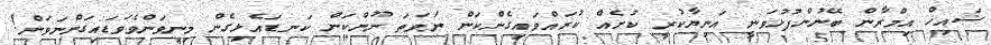
ޝައިޚް އިމްރާން ބޭނުންފުޅުވަނީ އަނިޔާކުރީ ކުށެއް ކުރައްވައިގެންކަން ނުވަތަ ނޫންކަން ކަނޑައެޅިގެން މިނިވަންވެވަޑައިގަންނަވަން!